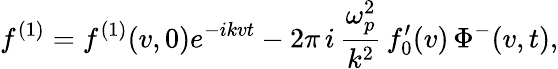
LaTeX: f^{(1)}=f^{(1)}(v,0)e^{-ikvt}-2\pi\, i\, \frac{\omega_{p}^{2}}{k^{2}}\, f_{0}^{\prime}(v)\, \Phi^{-}(v,t),